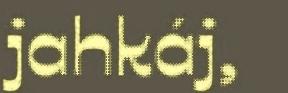
jahkáj,